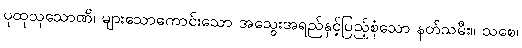
ပုထုသုသောဏိ၊ များသောကောင်းသော အသွေးအရည်နှင့်ပြည့်စုံသော နတ်သမီး။ သစေ၊